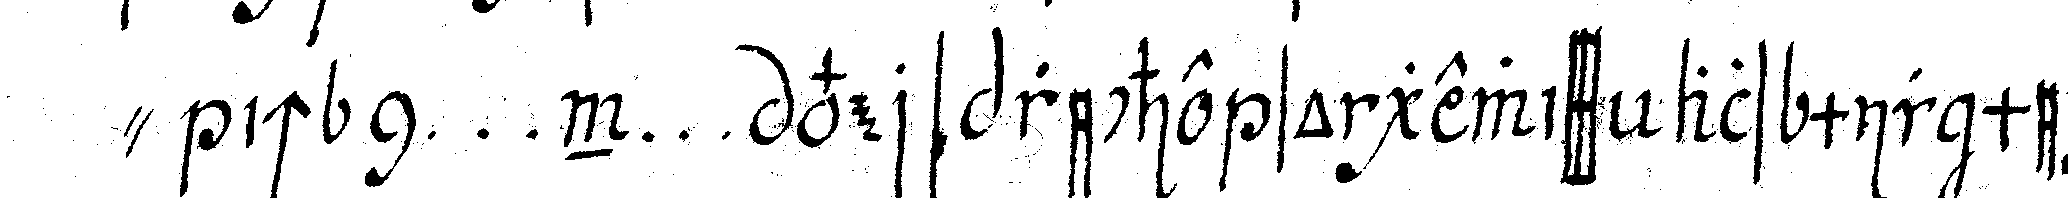
" ich n ... n ... verspreche so gewiss als mir meine